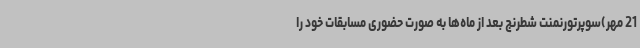
21 مهر)سوپرتورنمنت شطرنج بعد از ماه‌ها به صورت حضوری مسابقات خود را